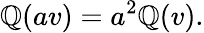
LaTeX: \mathbb{Q}(av)=a^{2}\mathbb{Q}(v).